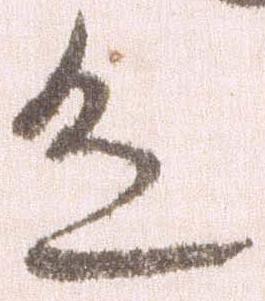
色